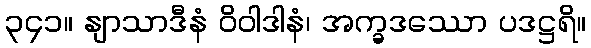
၃၄၁။ နျာသာဒီနံ ဝိဝါဒါနံ၊ အက္ခဒဿော ပဒဋ္ဌရိ။